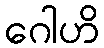
ဂေါဟိ